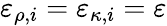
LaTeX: \varepsilon_{\rho,i}=\varepsilon_{\kappa,i}=\varepsilon